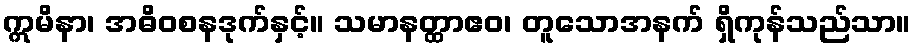
ဣမိနာ၊ အဓိဝစနဒုက်နှင့်။ သမာနတ္ထာဧဝ၊ တူသောအနက် ရှိကုန်သည်သာ။